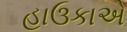
હાઉકાએ